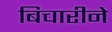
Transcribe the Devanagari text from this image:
बिचारीने